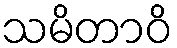
သမိတာဝိ